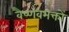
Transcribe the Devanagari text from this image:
वैष्णवभक्तों